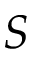
\boldsymbol { S }